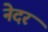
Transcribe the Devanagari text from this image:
नेदर